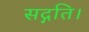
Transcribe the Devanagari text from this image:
सद्गति।